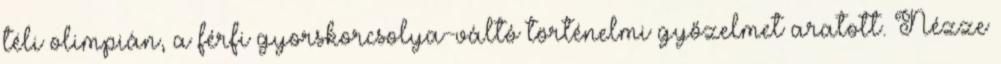
téli olimpián, a férfi gyorskorcsolya-váltó történelmi győzelmet aratott. Nézze